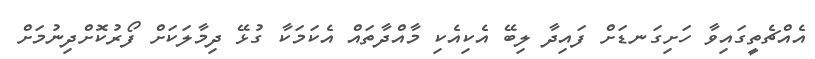
އެއްޗެތީގައިވާ ހަށިގަނޑަށް ފައިދާ ލިބޭ އެކިއެކި މާއްދާތައް އެކަމަކާ ގުޅޭ ދިމާލަކަށް ފޯރުކޮށްދިނުމަށް